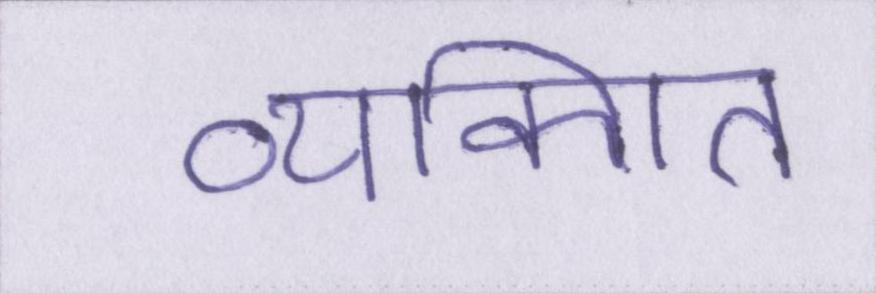
व्यक्गित